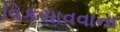
વિકસાવવાના